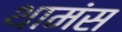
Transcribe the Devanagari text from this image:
थामंस